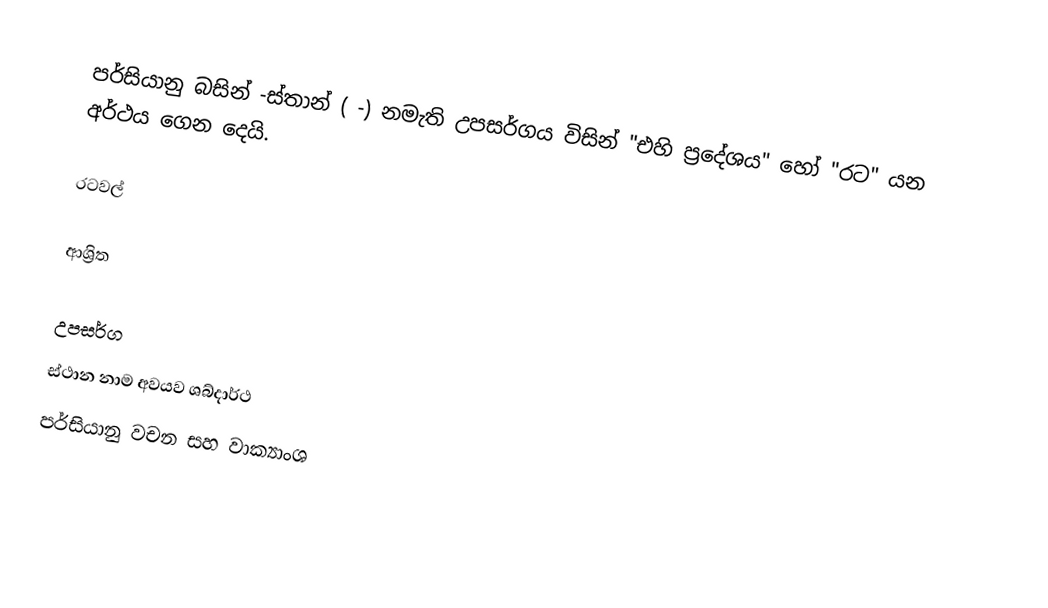
පර්සියානු බසින්  -ස්තාන් ( -) නමැති උපසර්ගය විසින්  "එහි ප්‍රදේශය" හෝ  "රට" යන අර්ථය ගෙන දෙයි.

රටවල්

ආශ්‍රිත

උපසර්ග
ස්ථාන නාම අවයව ශබ්දාර්ථ
පර්සියානු වචන සහ  වාක්‍යාංශ